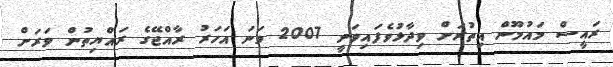
ރައީސް މައުމޫން އިތުރަށް ވިދާޅުވެފައިވަނީ 2007 ވަނަ އަހަރު ރާއްޖޭގެ ރައްޔިތުން ވަރަށް